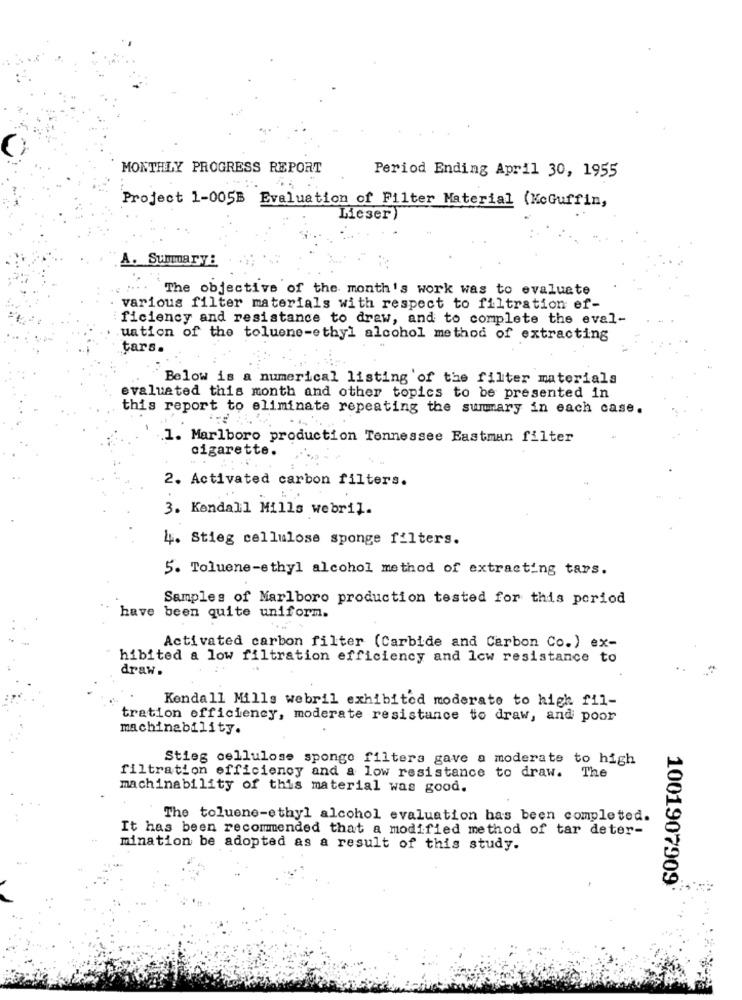
MONTHLY PROGRESS REPORT
Period Ending April 30, 1955
Project 1-005B Evaluation of Filter Material (KcGuffin,
Mieser
A. Summary :
.. " .. . The objective of the month's work was to evaluate
various filter materials with respect to filtration ef-
ficiency and resistance to draw, and to complete the eval-
uation of the toluene-ethyl alcohol method of extracting
tars.
Below is a numerical listing of the filter materials
evaluated this month and other topics to be presented in
this report to eliminate repeating the summary in each case.
1. Marlboro production Tennessee Eastman filter
cigarette.
2. Activated carbon filters.
3. Kendall Mills webril.
4. Stieg cellulose sponge filters.
5. Toluene-ethyl alcohol method of extracting tars.
Samples of Marlboro production tested for this period
have been quite uniform.
Activated carbon filter (Carbide and Carbon Co.) ex-
hibited a low filtration efficiency and low resistance to
draw.
Kendall Mills webril exhibited moderate to high fil-
tration efficiency, moderate resistance to draw, and poor
machinability.
Stieg cellulose sponge filters gave a moderate to high
filtration efficiency and a low resistance to draw. The
machinability of this material was good.
The toluene-ethyl alcohol evaluation has been completed.
It has been recommended that a modified method of tar deter-
mination be adopted as a result of this study.
1001907909